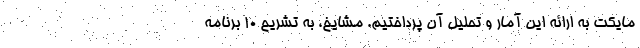
مایکت به ارائه این آمار و تحلیل آن پرداختیم. مشایخ، به تشریح ۱۰ برنامه